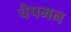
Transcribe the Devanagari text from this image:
चैपमन